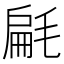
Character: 㲢